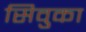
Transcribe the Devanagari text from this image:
सिवुका